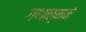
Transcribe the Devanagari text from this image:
गणात्मने